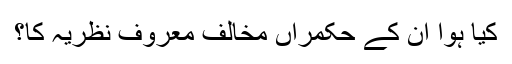
کیا ہوا ان کے حکمراں مخالف معروف نظریہ کا؟